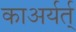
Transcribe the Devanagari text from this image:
काअर्यर्त्